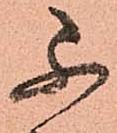
不